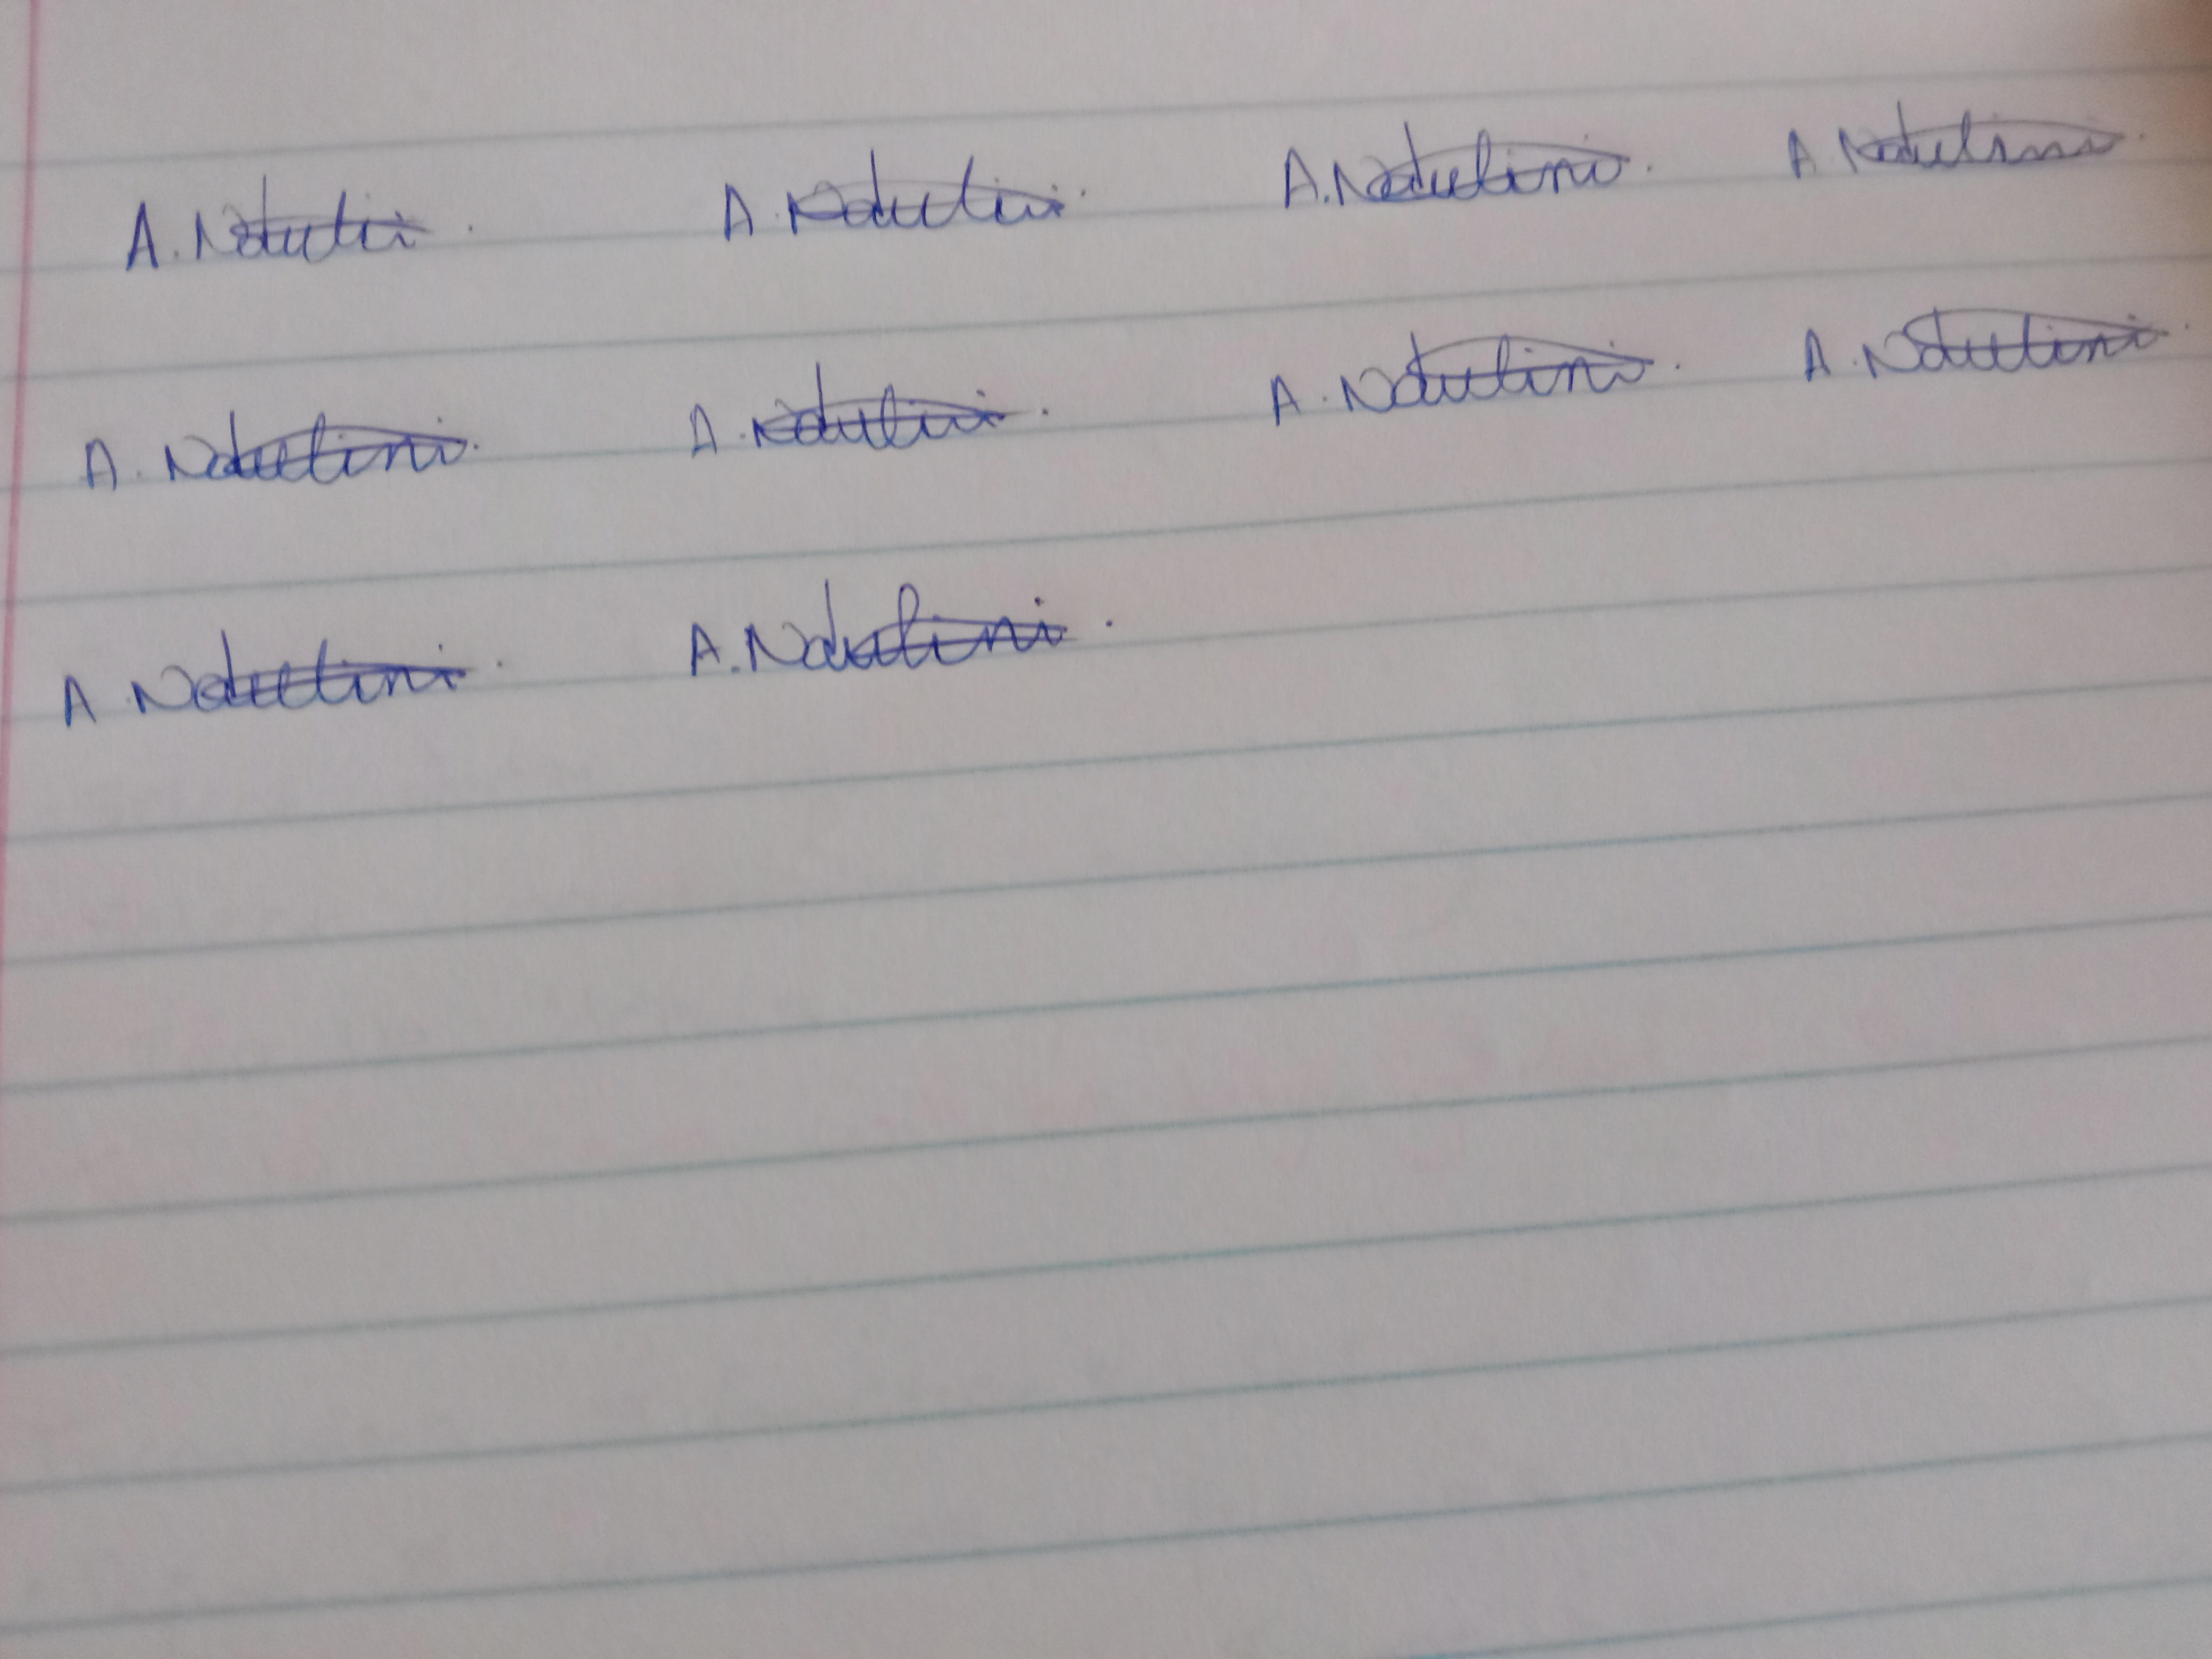
Signature authenticity: genuine